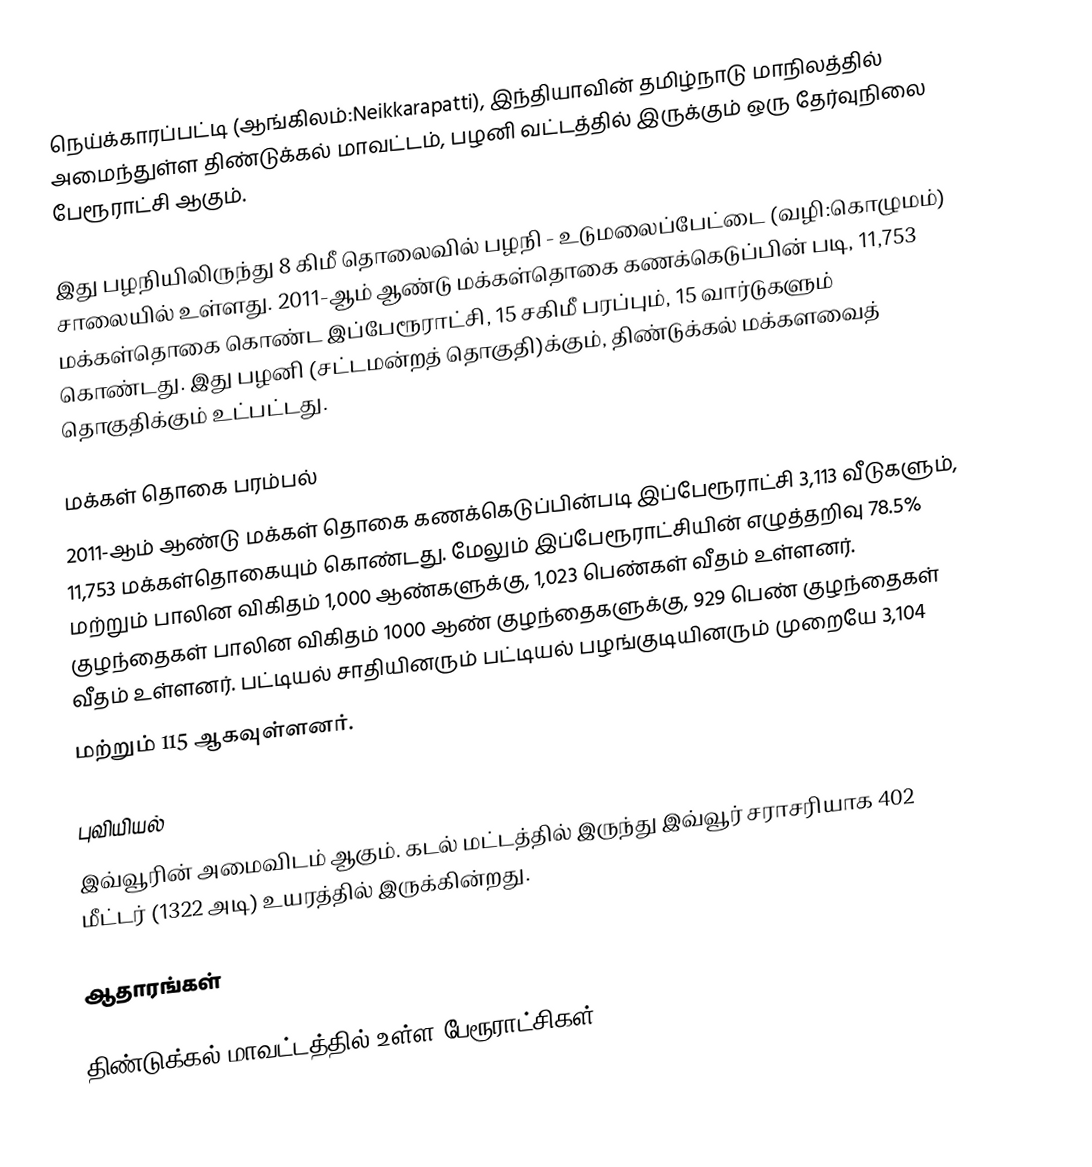
நெய்க்காரப்பட்டி (ஆங்கிலம்:Neikkarapatti), இந்தியாவின் தமிழ்நாடு மாநிலத்தில் அமைந்துள்ள திண்டுக்கல் மாவட்டம், பழனி வட்டத்தில் இருக்கும் ஒரு தேர்வுநிலை பேரூராட்சி ஆகும்.

இது பழநியிலிருந்து 8 கிமீ தொலைவில் பழநி - உடுமலைப்பேட்டை (வழி:கொழுமம்)  சாலையில் உள்ளது.  2011-ஆம் ஆண்டு மக்கள்தொகை கணக்கெடுப்பின் படி, 11,753 மக்கள்தொகை கொண்ட இப்பேரூராட்சி,   15 சகிமீ பரப்பும்,   15 வார்டுகளும் கொண்டது. இது பழனி (சட்டமன்றத் தொகுதி)க்கும்,  திண்டுக்கல் மக்களவைத் தொகுதிக்கும் உட்பட்டது.

மக்கள் தொகை பரம்பல்
2011-ஆம் ஆண்டு மக்கள் தொகை கணக்கெடுப்பின்படி   இப்பேரூராட்சி 3,113    வீடுகளும், 11,753 மக்கள்தொகையும் கொண்டது. மேலும் இப்பேரூராட்சியின் எழுத்தறிவு 78.5% மற்றும்  பாலின விகிதம் 1,000 ஆண்களுக்கு, 1,023 பெண்கள் வீதம் உள்ளனர். குழந்தைகள் பாலின விகிதம் 1000 ஆண் குழந்தைகளுக்கு, 929  பெண் குழந்தைகள் வீதம் உள்ளனர்.  பட்டியல் சாதியினரும் பட்டியல் பழங்குடியினரும்  முறையே 3,104
மற்றும்  115 ஆகவுள்ளனர்.

புவியியல்
இவ்வூரின் அமைவிடம்  ஆகும். கடல் மட்டத்தில் இருந்து இவ்வூர் சராசரியாக 402 மீட்டர் (1322 அடி) உயரத்தில் இருக்கின்றது.

ஆதாரங்கள்

திண்டுக்கல் மாவட்டத்தில் உள்ள பேரூராட்சிகள்